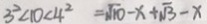
3 ^ { 2 } < 1 0 < 4 ^ { 2 } = \sqrt { 1 0 } - x + \sqrt { 3 } - x